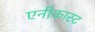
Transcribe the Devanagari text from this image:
एनीकास्ट